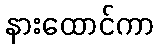
နားထောင်ကာ